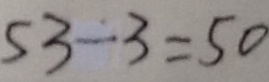
5 3 - 3 = 5 0